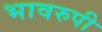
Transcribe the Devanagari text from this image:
भावरुपी